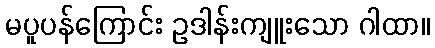
မပူပန်ကြောင်း ဥဒါန်းကျူးသော ဂါထာ။